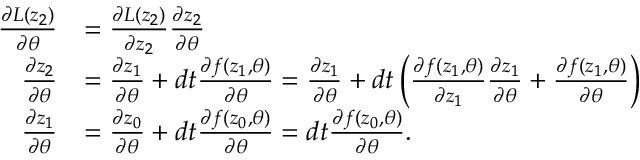
\begin{array} { r l } { \frac { \partial L ( z _ { 2 } ) } { \partial \theta } } & { = \frac { \partial L ( z _ { 2 } ) } { \partial z _ { 2 } } \frac { \partial z _ { 2 } } { \partial \theta } } \\ { \frac { \partial z _ { 2 } } { \partial \theta } } & { = \frac { \partial z _ { 1 } } { \partial \theta } + d t \frac { \partial f ( z _ { 1 } , \theta ) } { \partial \theta } = \frac { \partial z _ { 1 } } { \partial \theta } + d t \left( \frac { \partial f ( z _ { 1 } , \theta ) } { \partial z _ { 1 } } \frac { \partial z _ { 1 } } { \partial \theta } + \frac { \partial f ( z _ { 1 } , \theta ) } { \partial \theta } \right) } \\ { \frac { \partial z _ { 1 } } { \partial \theta } } & { = \frac { \partial z _ { 0 } } { \partial \theta } + d t \frac { \partial f ( z _ { 0 } , \theta ) } { \partial \theta } = d t \frac { \partial f ( z _ { 0 } , \theta ) } { \partial \theta } . } \end{array}